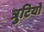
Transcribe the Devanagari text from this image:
त्रुटियो